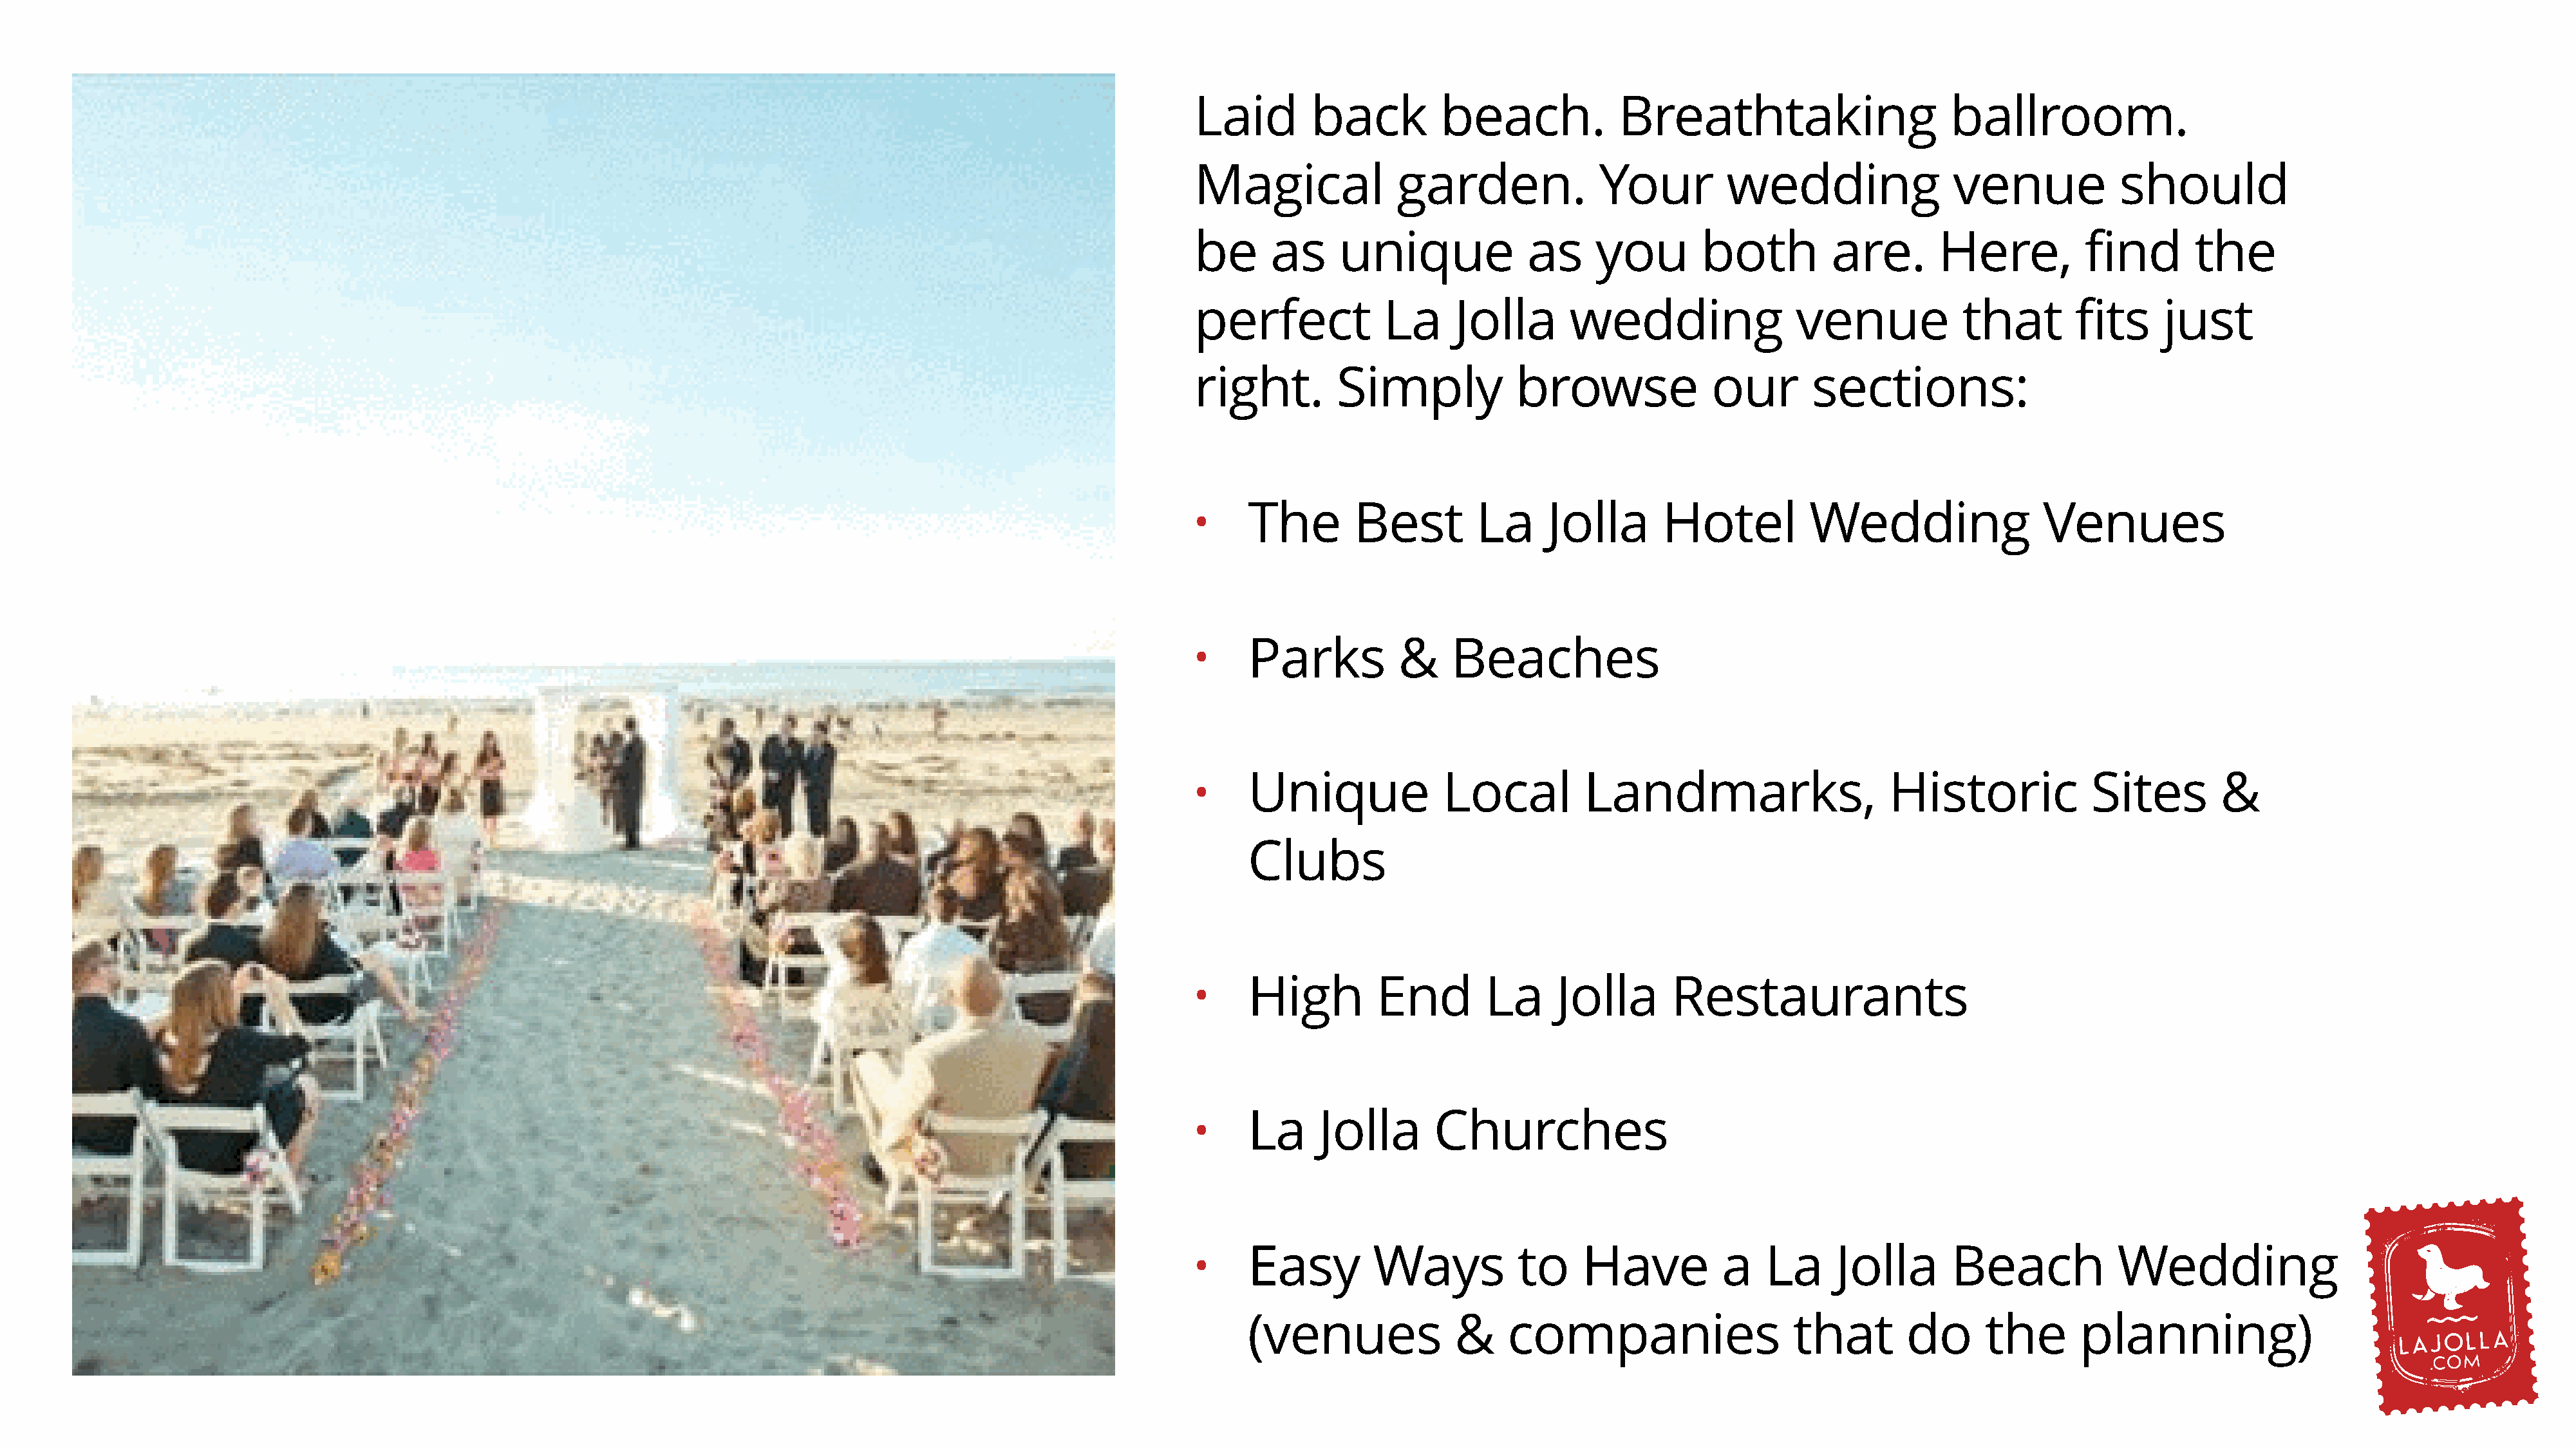
Laid        back         beach.            Breathtaking                      ballroom.
 Magical              garden.             Your         wedding                 venue            should
 be      as     unique             as     you        both         are.       Here,          find        the
 perfect            La      Jolla      wedding                 venue            that       fits     just
 right.        Simply             browse              our       sections:
 The        Best         La     Jolla       Hotel          Wedding                 Venues
 •
 Parks           &    Beaches
 •
 Unique              Local          Landmarks,                     Historic             Sites        &
 •
 Clubs
 High         End         La     Jolla       Restaurants
 •
 La      Jolla      Churches
 •
 Easy         Ways           to     Have          a   La      Jolla       Beach            Wedding
 •
 (venues               &    companies                    that        do      the       planning)